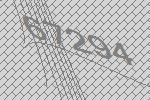
67294